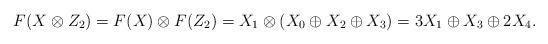
LaTeX: \begin{align*}F(X\otimes Z_2)=F(X)\otimes F(Z_2)=X_1\otimes(X_0\oplus X_2\oplus X_3)=3X_1\oplus X_3\oplus 2X_4.\end{align*}